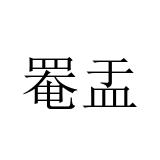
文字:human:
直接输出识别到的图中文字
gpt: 罨盂